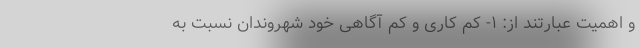
و اهمیت عبارتند از: ۱- کم­ کاری و کم ­آگاهی خود شهروندان نسبت به